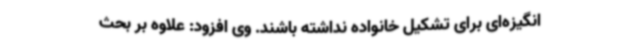
انگیزه‌ای برای تشکیل خانواده نداشته باشند. وی افزود: علاوه بر بحث